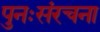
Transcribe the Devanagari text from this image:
पुनःसंरचना